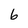
Character: 6